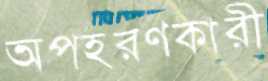
অপহরণকারী